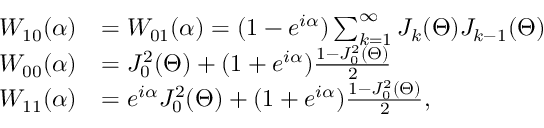
\centering \begin{array} { r l } { W _ { 1 0 } ( \alpha ) } & { = W _ { 0 1 } ( \alpha ) = ( 1 - e ^ { i \alpha } ) \sum _ { k = 1 } ^ { \infty } J _ { k } ( \Theta ) J _ { k - 1 } ( \Theta ) } \\ { W _ { 0 0 } ( \alpha ) } & { = J _ { 0 } ^ { 2 } ( \Theta ) + ( 1 + e ^ { i \alpha } ) \frac { 1 - J _ { 0 } ^ { 2 } ( \Theta ) } { 2 } } \\ { W _ { 1 1 } ( \alpha ) } & { = e ^ { i \alpha } J _ { 0 } ^ { 2 } ( \Theta ) + ( 1 + e ^ { i \alpha } ) \frac { 1 - J _ { 0 } ^ { 2 } ( \Theta ) } { 2 } , } \end{array}